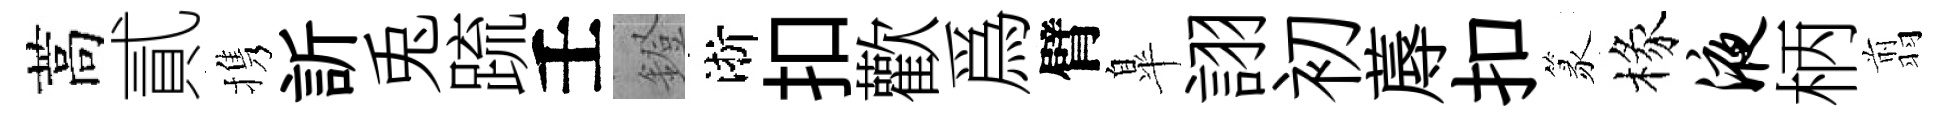
蒿貳携訢兎䟽壬鐙淅扣歡爲臂臯詡初蓐扣篆椽液柄翦